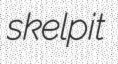
skelpit